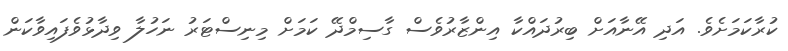
ކުރާކަމަށެވެ. އަދި އޭނާއަށް ބިރުދައްކާ އިންޒާރުވެސް ގާސިމްދޭ ކަަމަށް މިނިސްޓަރު ނަހުލާ ވިދާޅުވެފައިވާކަން